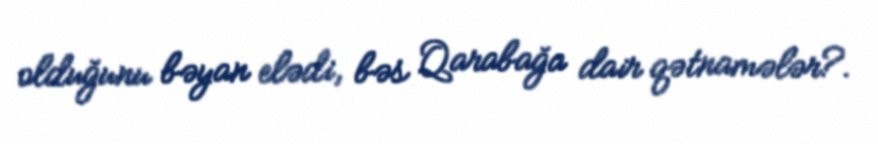
olduğunu bəyan elədi, bəs Qarabağa dair qətnamələr?.